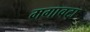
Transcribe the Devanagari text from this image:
मगावटा